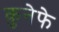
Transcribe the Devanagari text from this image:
कुनेफे